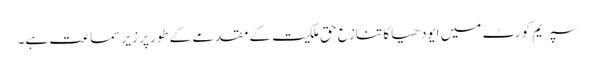
سپریم کورٹ میں ایودھیا کا تنازع حق ملکیت کے مقدمے کے طورپر زیر سماعت ہے۔